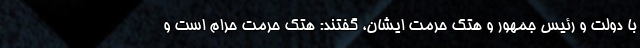
با دولت و رئیس جمهور و هتک حرمت ایشان، گفتند: هتک حرمت حرام است و